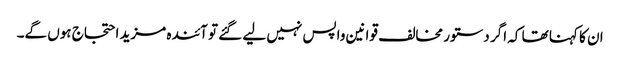
ان کا کہنا تھا کہ اگر دستور مخالف قوانین واپس نہیں لیے گئے تو آئندہ مزید احتجاج ہوں گے۔